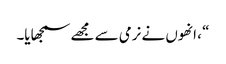
“ ، انھوں نے نرمی سے مجھے سمجھایا۔